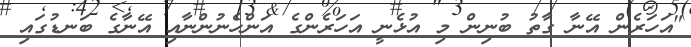
"އަހަރެން އޭނާ ގާތު ބުނިން މި އުޅެނީ އަހަރެންގެ އަންހެނުންނާއި އޭނާގެ ބަނޑުގައި